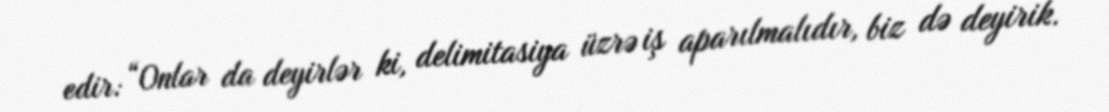
edir: “Onlar da deyirlər ki, delimitasiya üzrə iş aparılmalıdır, biz də deyirik.